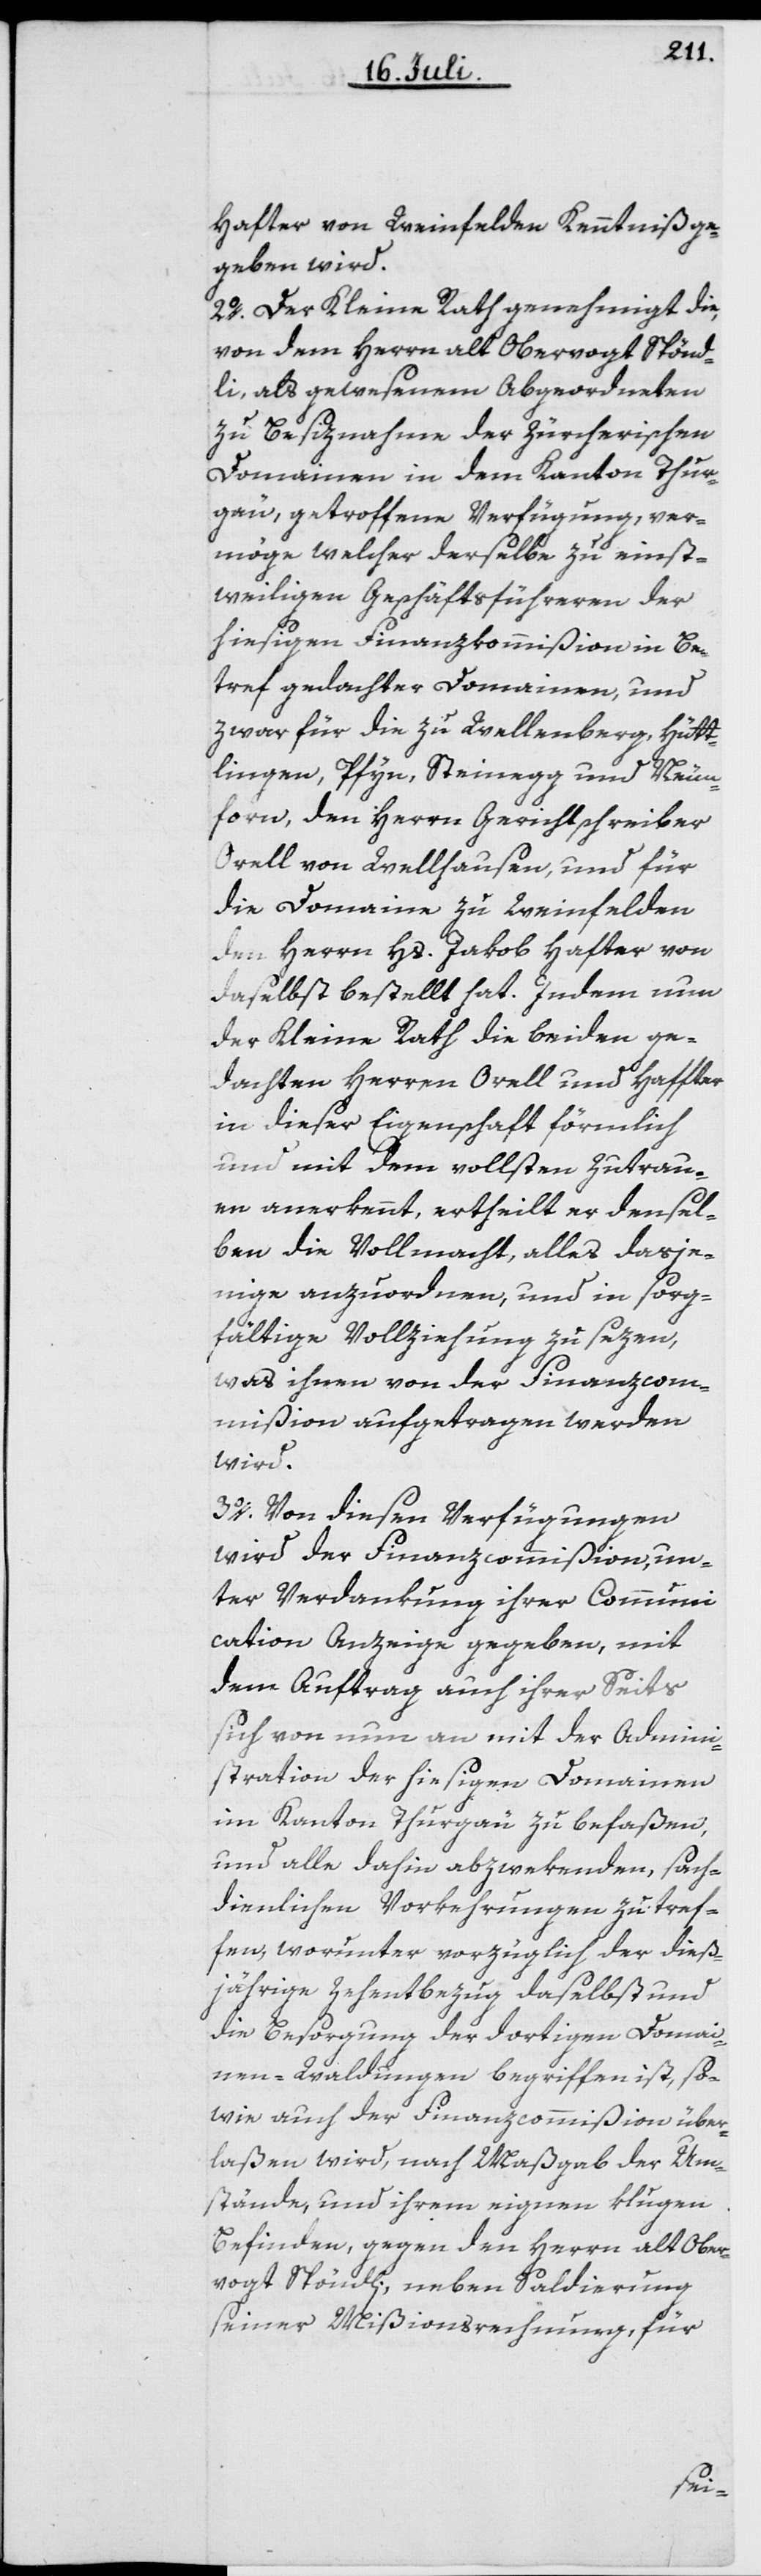
Hafter von Weinfelden Kenntniß ge¬
geben wird.
2o. Der Kleine Rath genehmigt die,
von dem Herrn alt Obervogt Spönd¬
li, als gewesenem Abgeordneten
zu Besiznahme der zürcherischen
Domainen in dem Kanton Thur¬
gäu, getroffene Verfügung, ver¬
möge welcher derselbe zu einst¬
weiligen Geschäftsführeren der
hiesigen Finanzkommißion in Be¬
tref gedachter Domainen, und
zwar für die zu Wellenberg, Hütt¬
lingen, Pfyn, Steinegg und Neun¬
forn, den Herrn Gerichtschreiber
Orell von Wellhausen, und für
die Domaine zu Weinfelden
den Herrn Hs. Jakob Hafter von
daselbst bestellt hat. Indem nun
der Kleine Rath die beiden ge¬
dachten Herren Orell und Haffter
in dieser Eigenschaft förmlich
und mit dem vollsten Zutrau¬
en anerkennt, ertheilt er densel¬
ben die Vollmacht, alles dasje¬
nige anzuordnen, und in sorg¬
fältige Vollziehung zu sezen,
was ihnen von der Finanzcom¬
mißion aufgetragen werden
wird.
3o. Von diesen Verfügungen
wird der Finanzcommißion, un¬
ter Verdankung ihrer Communi¬
cation Anzeige gegeben, mit
dem Auftrag, auch ihrer Seits
sich von nun an mit der Admini¬
stration der hiesigen Domainen
im Kanton Thurgäu zu befaßen,
und alle dahin abzwekenden, sach¬
dienlichen Vorkehrungen zu tref¬
fen, worunter vorzüglich der dieß¬
jährige Zehentbezug daselbst und
die Besorgung der dortigen Domai¬
nen-Waldungen begriffen ist, so¬
wie auch der Finanzcommißion über¬
laßen wird, nach Maßgab der Um¬
stände, und ihrem eignen klugen
Befinden, gegen den Herrn alt Ober¬
vogt Spöndli, neben Saldierung
seiner Mißionsrechnung, für